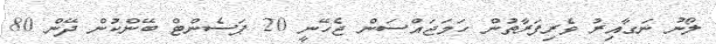
ލޯނު ނަގާއިރު ވެރިފަރާތުން ހަމަޖައްސަން ޖެހޭނީ 20 ޕަސެންޓް ބޭންކުން ދޭން 80